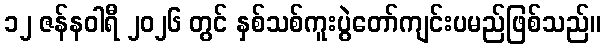
၁၂ ဇန်နဝါရီ ၂၀၂၆ တွင် နှစ်သစ်ကူးပွဲတော်ကျင်းပမည်ဖြစ်သည်။